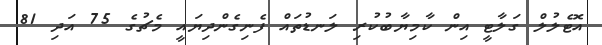
އޮޓެލުލް ގަލާޓީ އިން ކާމިޔާބުކުރި ލަނޑުތައް ފެނިގެންދިޔައީ މެޗުގެ 75 އަދި 81